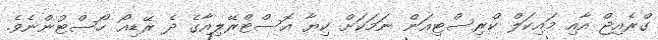
ގްރެއިޖް އާއި މައިކަލް ކްރިސްޓިއަން ނަމަކަށް ކިޔާ އޮސްޓްރޭލިއާގެ ދެ ރޭޑިއޯ ހޯސްޓުންނެވެ.